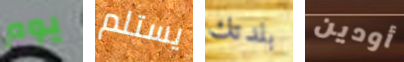
يوم يستلم بلدتك أودين